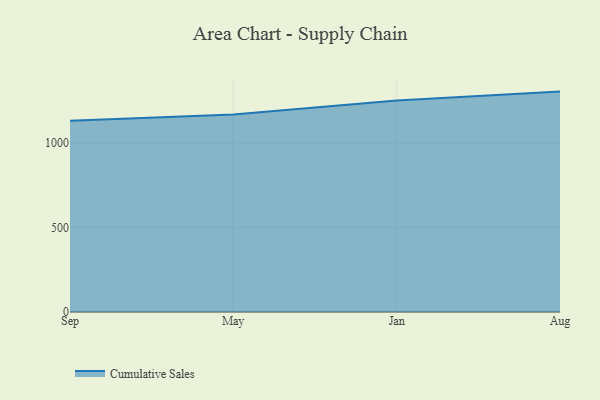
{"axis": {"x": "Month", "y": "Website Visitors"}, "legend": ["Cumulative Sales"], "data": [{"x": "Sep", "y": 1130.2, "type": "Cumulative Sales"}, {"x": "May", "y": 1167.4, "type": "Cumulative Sales"}, {"x": "Jan", "y": 1249.6, "type": "Cumulative Sales"}, {"x": "Aug", "y": 1302.8, "type": "Cumulative Sales"}]}